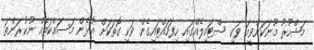
މަޝްހޫރު މޫނަކަށްވީމަ ވަކި ސްޓައިލެއްގައި ހިފަހައްޓައިގެން ވަކި ގޮތަކަށް އުޅެން މަސައްކަތެއް ނުކުރަންތަ